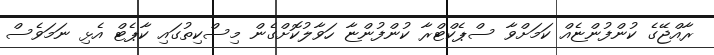
ރާއްޖޭގެ ކުންފުންޏެއް ކަމަށްވާ ސްޕެކްޓްރާ ކުންފުންޏާ ހަވާލުކޮށްގެން މިސްކިތުގައި ކާޕެޓް އެޅި ނަމަވެސް